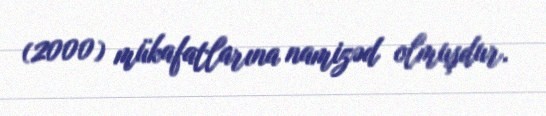
(2000) mükafatlarına namizəd olmuşdur.